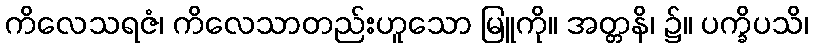
ကိလေသရဇံ၊ ကိလေသာတည်းဟူသော မြူကို။ အတ္တနိ၊ ၌။ ပက္ခိပသိ၊